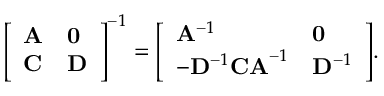
{ \left[ \begin{array} { l l } { \mathbf { A } } & { \mathbf { 0 } } \\ { \mathbf { C } } & { \mathbf { D } } \end{array} \right] } ^ { - 1 } = { \left[ \begin{array} { l l } { \mathbf { A } ^ { - 1 } } & { \mathbf { 0 } } \\ { - \mathbf { D } ^ { - 1 } \mathbf { C A } ^ { - 1 } } & { \mathbf { D } ^ { - 1 } } \end{array} \right] } .